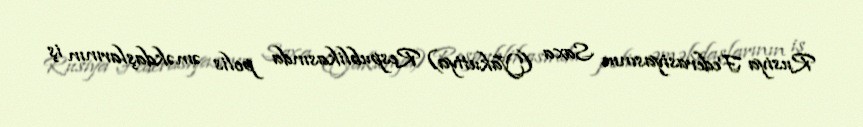
Rusiya Federasiyasının Saxa (Yakutiya) Respublikasında polis əməkdaşlarının iş